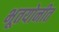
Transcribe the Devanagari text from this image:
भूतयोनीत